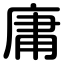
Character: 庸